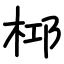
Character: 桏